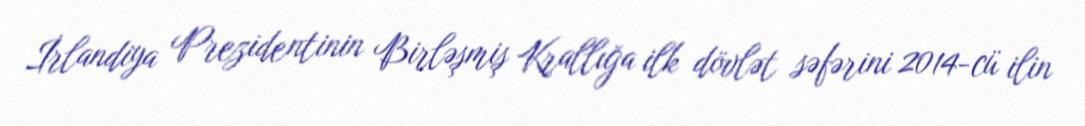
İrlandiya Prezidentinin Birləşmiş Krallığa ilk dövlət səfərini 2014-cü ilin